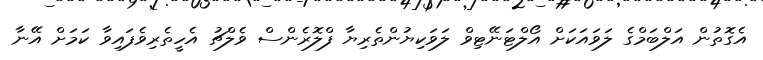
އެގޮތުން އަލްބަމްގެ ލަވައަކަށް އޯލްޓަނޭޓިވް ލަވަކިޔުންތެރިޔާ ފްލޮރެންސް ވެލްޗު އެހީތެރިވެފައިވާ ކަމަށް އޭނާ